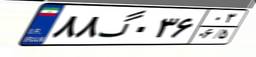
۶۸گ۸۹۵۷۲